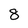
Character: 8